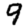
Digit: 9